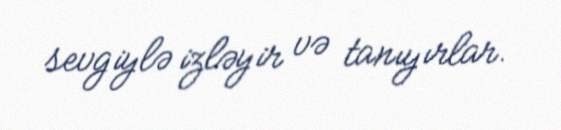
sevgiylə izləyir və tanıyırlar.